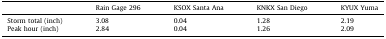
|  | Rain Gage 296 | KSOX Santa Ana | KNKX San Diego | KYUX Yuma |
 | --- | --- | --- | --- | --- |
 | Storm total (inch) | 3.08 | 0.04 | 1.28 | 2.19 |
 | Peak hour (inch) | 2.84 | 0.04 | 1.26 | 2.09 |